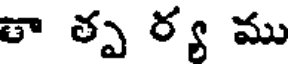
తా త్ప ర్య ము